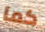
كما